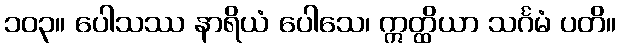
၁၀၃။ ပေါသဿ နာရိယံ ပေါသေ၊ ဣတ္ထိယာ သင်္ဂမံ ပတိ။